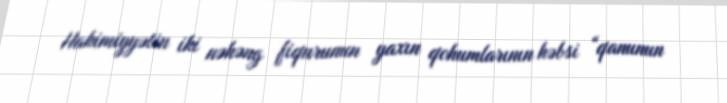
Hakimiyyətin iki nəhəng fiqurunun yaxın qohumlarının həbsi “qanunun